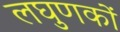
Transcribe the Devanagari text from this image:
लघुणकों